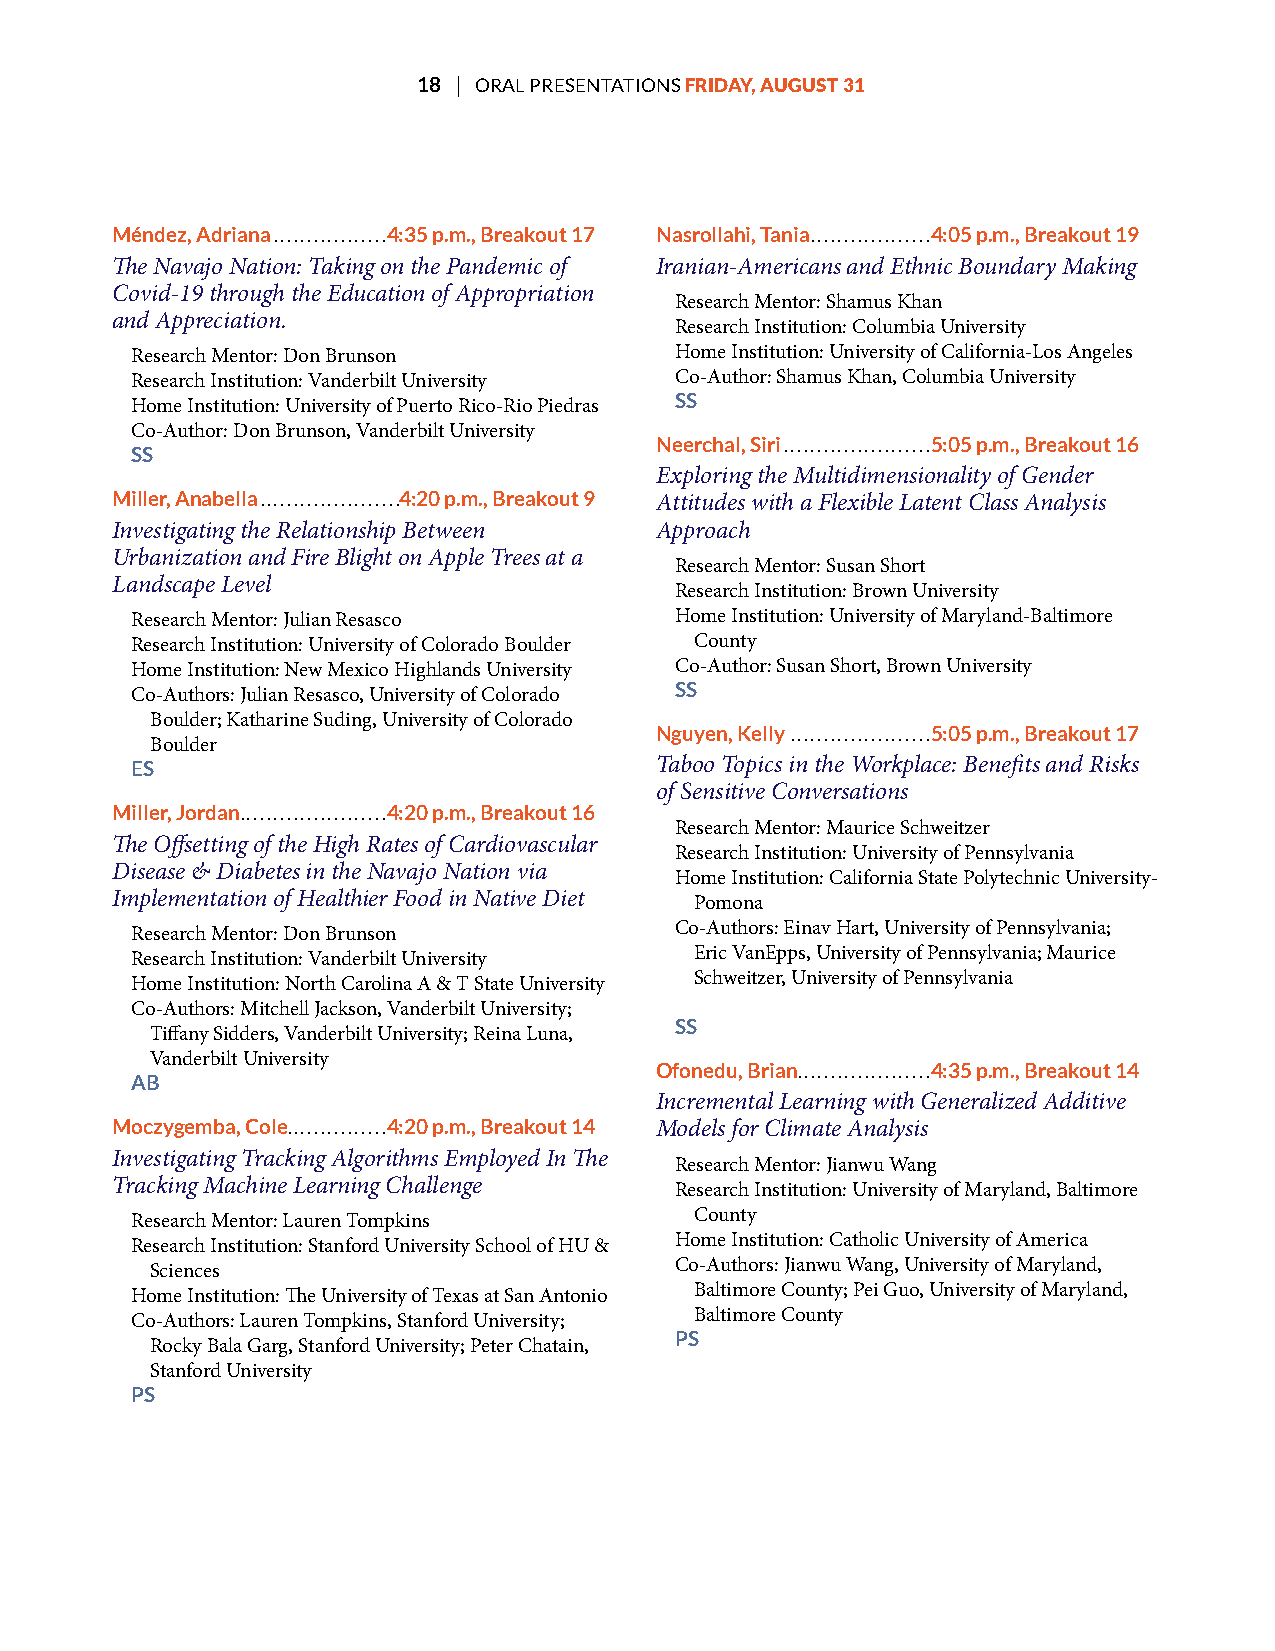
18 | ORAL PRESENTATIONS FRIDAY, AUGUST 31
 Méndez, Adriana .................4:35 p.m., Breakout 17 Nasrollahi, Tania ..................4:05 p.m., Breakout 19
 Te Navajo Nation: Taking on the Pandemic of Iranian-Americans and Ethnic Boundary Making
 Covid-19 through the Education of Appropriation
 Research Mentor: Shamus Khan
 and Appreciation.
 Research Institution: Columbia University
 Research Mentor: Don Brunson        Home Institution: University of California-Los Angeles
 Research Institution: Vanderbilt University Co-Author: Shamus Khan, Columbia University
 SS
 Home Institution: University of Puerto Rico-Rio Piedras
 Co-Author: Don Brunson, Vanderbilt University
 Neerchal, Siri ......................5:05 p.m., Breakout 16
 SS
 Exploring the Multidimensionality of Gender
 Miller, Anabella .....................4:20 p.m., Breakout 9 Attitudes with a Flexible Latent Class Analysis
 Investigating the Relationship Between Approach
 Urbanization and Fire Blight on Apple Trees at a
 Research Mentor: Susan Short
 Landscape Level
 Research Institution: Brown University
 Research Mentor: Julian Resasco     Home Institution: University of Maryland-Baltimore
 Research Institution: University of Colorado Boulder County
 Home Institution: New Mexico Highlands University Co-Author: Susan Short, Brown University
 SS
 Co-Authors: Julian Resasco, University of Colorado
 Boulder; Katharine Suding, University of Colorado
 Nguyen, Kelly .....................5:05 p.m., Breakout 17
 Boulder
 ES                                Taboo Topics in the Workplace: Benefts and Risks
 of Sensitive Conversations
 Miller, Jordan ......................4:20 p.m., Breakout 16
 Research Mentor: Maurice Schweitzer
 Te Ofsetting of the High Rates of Cardiovascular
 Research Institution: University of Pennsylvania
 Disease & Diabetes in the Navajo Nation via
 Home Institution: California State Polytechnic University-
 Implementation of Healthier Food in Native Diet Pomona
 Research Mentor: Don Brunson        Co-Authors: Einav Hart, University of Pennsylvania;
 Research Institution: Vanderbilt University Eric VanEpps, University of Pennsylvania; Maurice
 Home Institution: North Carolina A & T State University Schweitzer, University of Pennsylvania
 Co-Authors: Mitchell Jackson, Vanderbilt University;
 SS
 Tifany Sidders, Vanderbilt University; Reina Luna,
 Vanderbilt University
 Ofonedu, Brian ....................4:35 p.m., Breakout 14
 AB
 Incremental Learning with Generalized Additive
 Moczygemba, Cole. . . . . . . . . . . . . . .4:20 p.m., Breakout 14 Models for Climate Analysis
 Investigating Tracking Algorithms Employed In Te
 Research Mentor: Jianwu Wang
 Tracking Machine Learning Challenge   Research Institution: University of Maryland, Baltimore
 Research Mentor: Lauren Tompkins     County
 Research Institution: Stanford University School of HU & Home Institution: Catholic University of America
 Sciences                           Co-Authors: Jianwu Wang, University of Maryland,
 Home Institution: Te University of Texas at San Antonio Baltimore County; Pei Guo, University of Maryland,
 Co-Authors: Lauren Tompkins, Stanford University; Baltimore County
 PS
 Rocky Bala Garg, Stanford University; Peter Chatain,
 Stanford University
 PS